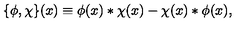
\{ \phi , \chi \} ( x ) \equiv \phi ( x ) * \chi ( x ) - \chi ( x ) * \phi ( x ) ,